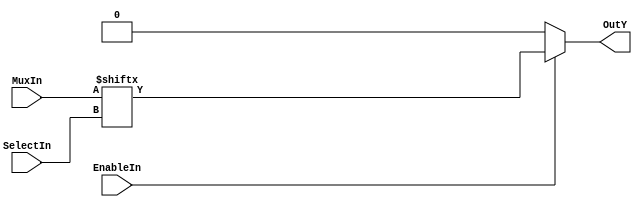
/*
 * Module: A 16:1 multiplexer with enable input
 * 
 * Version: 1.0
 *
 *
 * Description: RTL for implementing a 16 to 1 multiplexer with an enable
 * input. 
 */

module my_16_to_1_multiplexer_enable (MuxIn, SelectIn, EnableIn, OutY);

input [15:0] MuxIn; 
input [3:0] SelectIn; 
input EnableIn; 
output OutY;
reg OutY;

always @(MuxIn or SelectIn or EnableIn)
	if (!EnableIn)
		OutY = 1'b0;
	else
		OutY = MuxIn[SelectIn];
endmodule